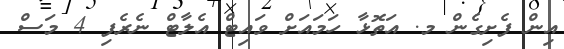
އިން ފެށިގެން މ. އަތޮޅާ ހަމައަށް ވައިޓް އެލާޓް ނެރެފި 4 މަސް